Vaccination in the Punjab 1897-1904 - 1897-1904
Year: 1897
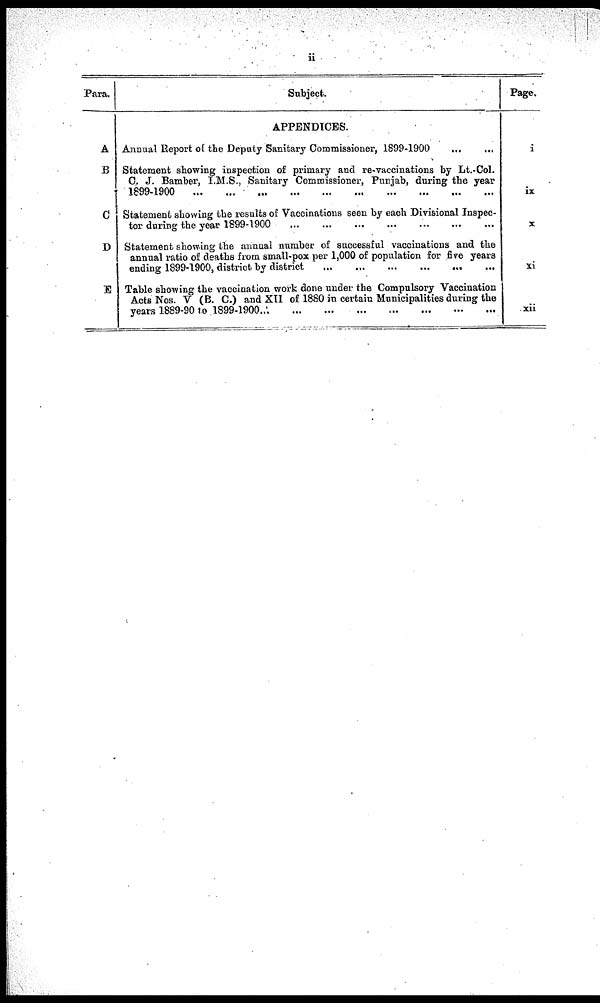
ii
Para.
A
B
C
D
E
Subject
APPENDICES.
Annual Report of the Deputy Sanitary Commissioner, 1899-1900 ... ...
Statement showing inspection of primary and re-vaccinations by Lt.-Col.
C. J. Bamber, I.M.S., Sanitary Commissioner, Punjab, during the year
1899-1900
...
...
...
...
...
...
...
...
...
Statement showing the results of Vaccinations seen by each Divisional Inspec-
tor during the year 1899-1900
...
...
...
...
...
...
...
...
...
Statement showing the annual number of successful vaccinations and the
annual ratio of deaths from small-pox per 1,000 of population for five years
ending 1899-1900, district by district ... ... ... ... ... ... ... ... ...
Table showing the vaccination work done under the Compulsory Vaccination
Acts Nos. V (B. C.) and XII of 1880 in certain Municipalities during the
years 1889-90 to 1899-1900
...
...
...
...
...
...
...
...
...
Page.
i
ix
x
xi
xii